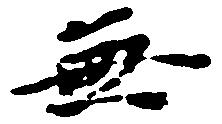
無